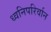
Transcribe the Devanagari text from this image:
ध्वनिपरिर्वान